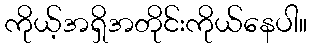
ကိုယ့်အရှိအတိုင်းကိုယ်နေပါ။